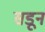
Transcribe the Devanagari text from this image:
सडून